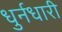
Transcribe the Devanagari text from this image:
धुर्नधारी